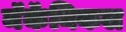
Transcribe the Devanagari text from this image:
मॅकॅनिकल